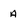
Character: A